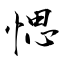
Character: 愢